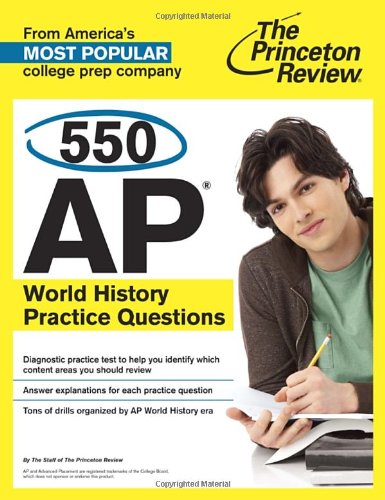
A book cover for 550 AP World History Practice Questions (College Test Preparation); Princeton Review; History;